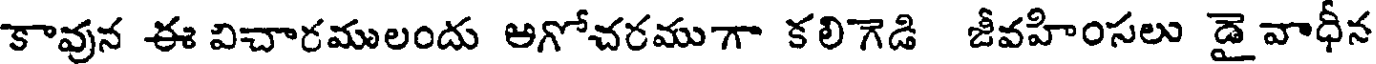
కావున ఈ విచారములందు అగోచరముగా కలిగెడి జీవహింసలు డై వాధీన